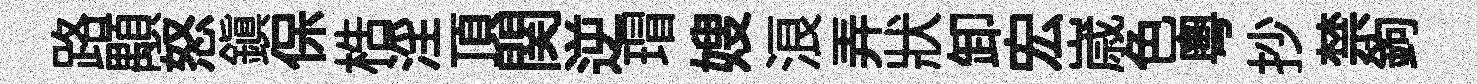
路顒怒鎮保梏淫頂関逆瑁嫂浪弄狀卸宏𡻕色粤抄禁鉤